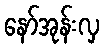
နော်အုန်းလှ